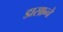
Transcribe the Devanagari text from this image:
डासान्चे